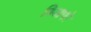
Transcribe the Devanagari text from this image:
बिआफो